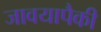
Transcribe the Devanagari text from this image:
जावयापैकी